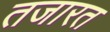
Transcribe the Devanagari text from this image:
तजारत